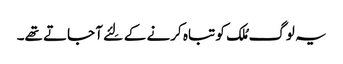
یہ لوگ مُلک کو تباہ کرنے کے لِئے آ جاتے تھے۔